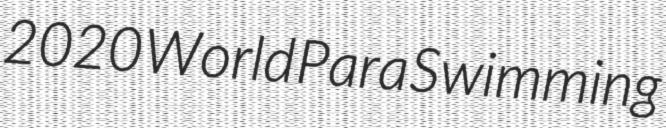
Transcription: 2020 World Para Swimming